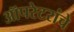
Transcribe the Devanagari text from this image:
ऑपरेटरांचे